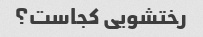
رختشویی کجاست؟